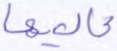
عاليها